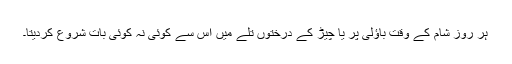
ہر روز شام کے وقت باؤلی پر یا چیڑ کے درختوں تلے میں اس سے کوئی نہ کوئی بات شروع کردیتا۔